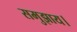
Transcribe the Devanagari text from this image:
समुझाय।